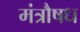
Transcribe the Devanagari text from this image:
मंत्रौषध